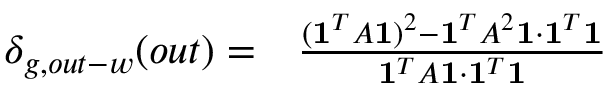
\begin{array} { r l } { \delta _ { g , o u t - w } ( o u t ) = } & { { } \frac { ( \mathbf { 1 } ^ { T } A \mathbf { 1 } ) ^ { 2 } - \mathbf { 1 } ^ { T } A ^ { 2 } \mathbf { 1 } \cdot \mathbf { 1 } ^ { T } \mathbf { 1 } } { \mathbf { 1 } ^ { T } A \mathbf { 1 } \cdot \mathbf { 1 } ^ { T } \mathbf { 1 } } } \end{array}